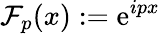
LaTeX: \mathcal{F}_{p}(x):=\mathrm{e}^{ipx}